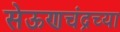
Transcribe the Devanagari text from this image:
सेऊणचंद्रच्या